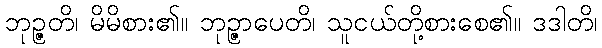
ဘုဉ္ဇတိ၊ မိမိစား၏။ ဘုဉ္ဇာပေတိ၊ သူငယ်တို့စားစေ၏။ ဒဒါတိ၊